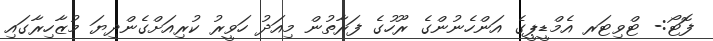
ފޮޓޯ:- ޓްވިޓަރ އެމްޑީޕީގެ އަންހެނުންގެ ރޫހުގެ ފަރާތުން މިއަދު ހަވީރު ކުރިއަށްގެންދިޔަ މުޒާހިރާގައި